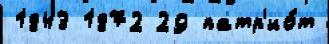
1843 1872 29 патр'ио́т